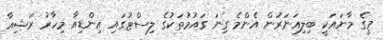
މީގެ މާނައަކީ ބިލިއަނަރުން އެންމެ ގިނަ ގައުމުތަކުގެ ލިސްޓުގައި އިންޑިއާ މިހާރު ރަޝިއާ